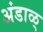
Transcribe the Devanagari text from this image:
अंडाळ्